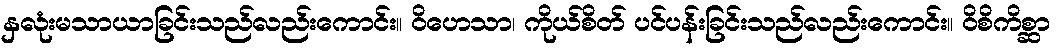
နှလုံးမသာယာခြင်းသည်လည်းကောင်း။ ဝိဟေသာ၊ ကိုယ်စိတ် ပင်ပန်းခြင်းသည်လည်းကောင်း။ ဝိစိကိစ္ဆာ